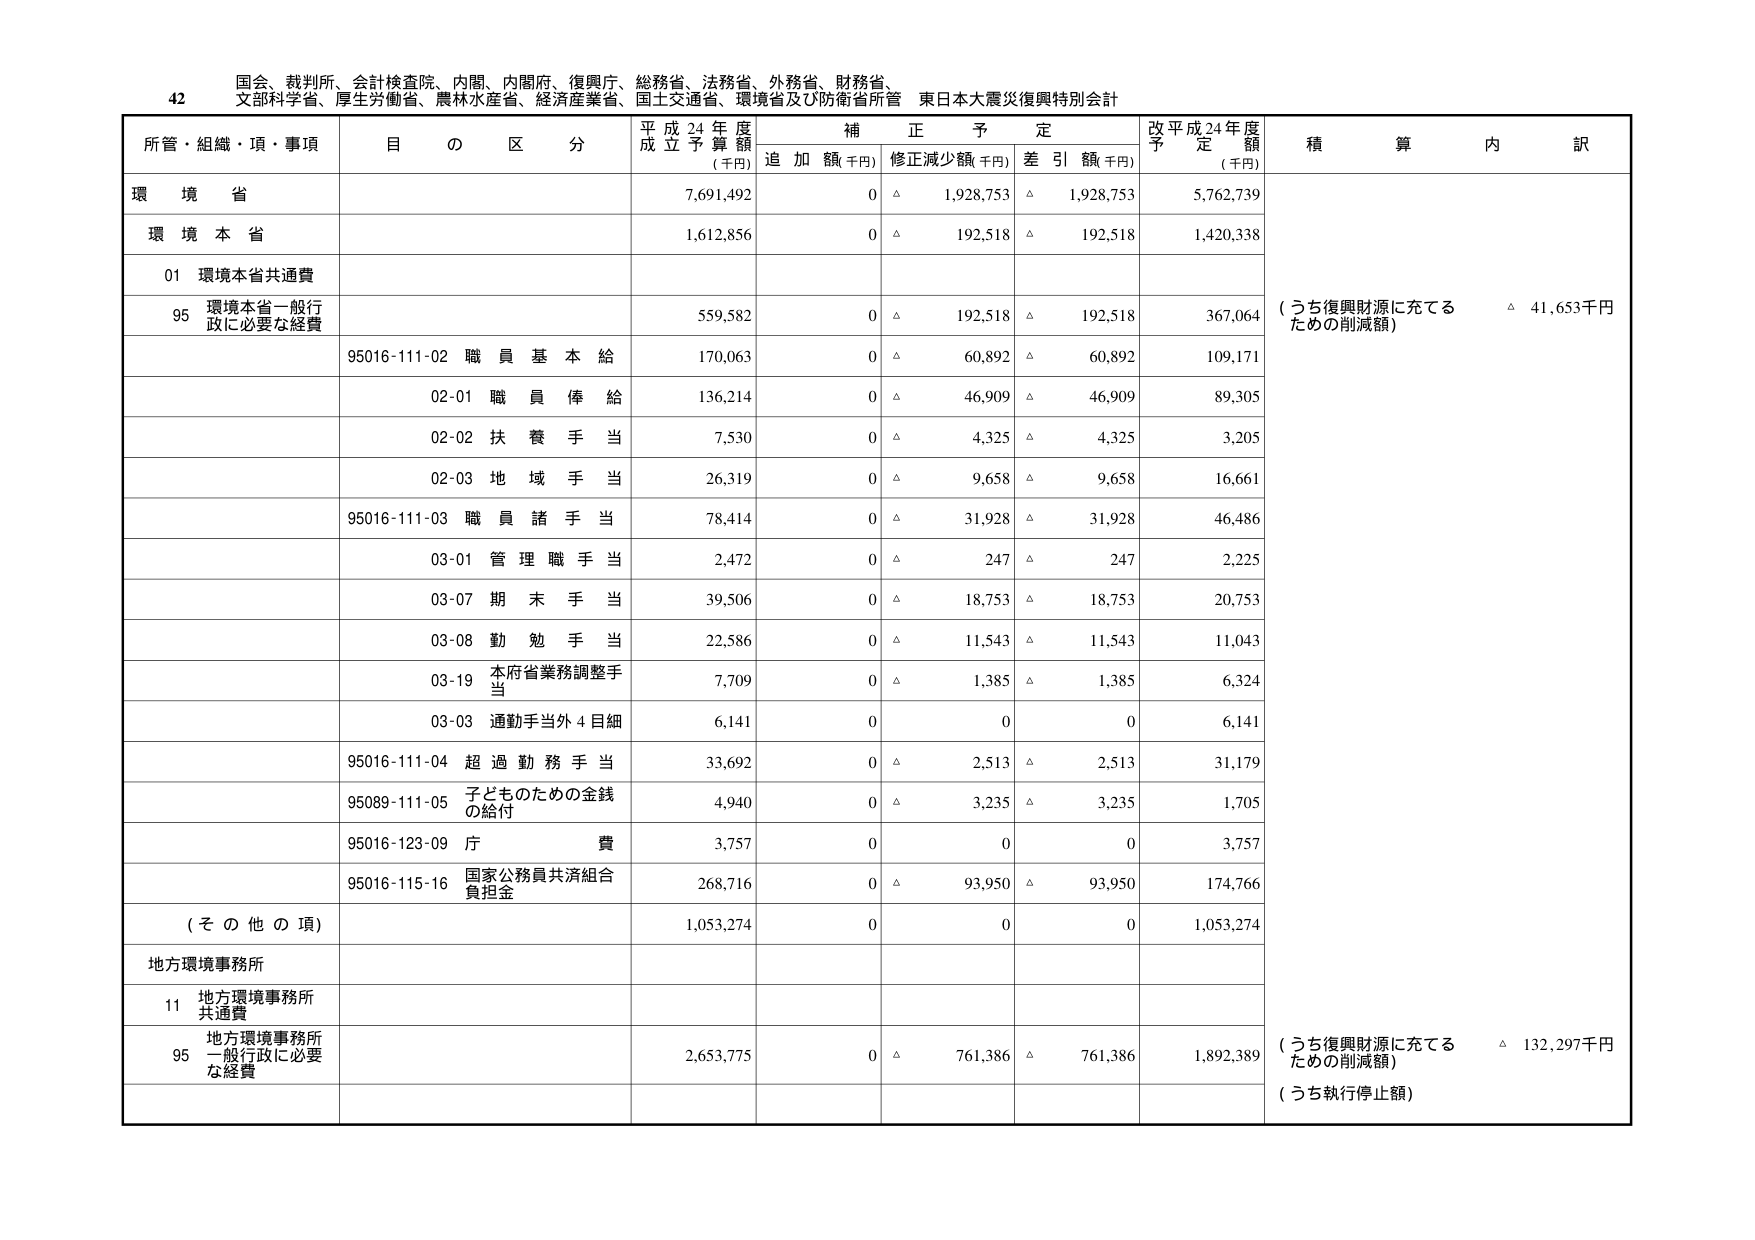
42 国会、裁判所、会計検査院、内閣、内閣府、復興庁、総務省、法務省、外務省、財務省、
文部科学省、厚生労働省、農林水産省、経済産業省、国土交通省、環境省及び防衛省所管 東日本大震災復興特別会計

所管・組織・項・事項 目 の 区 分 平成24年度 成立予算額 (千円) 補正予定 追加額(千円) 修正減少額(千円) 差引額(千円) 改平成24年度 予定額 (千円) 積算内訳

環境省 7,691,492 0 △ 1,928,753 △ 1,928,753 5,762,739

環境本省 1,612,856 0 △ 192,518 △ 192,518 1,420,338

01 環境本省共通費

95 環境本省一般行政に必要な経費 559,582 0 △ 192,518 △ 192,518 367,064 （うち復興財源に充てるための削減額） △ 41,653千円

95016-111-02 職員基本給 170,063 0 △ 60,892 △ 60,892 109,171

02-01 職員俸給 136,214 0 △ 46,909 △ 46,909 89,305

02-02 扶養手当 7,530 0 △ 4,325 △ 4,325 3,205

02-03 地域手当 26,319 0 △ 9,658 △ 9,658 16,661

95016-111-03 職員諸手当 78,414 0 △ 31,928 △ 31,928 46,486

03-01 管理職手当 2,472 0 △ 247 △ 247 2,225

03-07 期末手当 39,506 0 △ 18,753 △ 18,753 20,753

03-08 勤勉手当 22,586 0 △ 11,543 △ 11,543 11,043

03-19 本府省業務調整手当 7,709 0 △ 1,385 △ 1,385 6,324

03-03 通勤手当外4目細 6,141 0 0 0 6,141

95016-111-04 超過勤務手当 33,692 0 △ 2,513 △ 2,513 31,179

95089-111-05 子どものための金銭の給付 4,940 0 △ 3,235 △ 3,235 1,705

95016-123-09 庁費 3,757 0 0 0 3,757

95016-115-16 国家公務員共済組合負担金 268,716 0 △ 93,950 △ 93,950 174,766

（その他の項） 1,053,274 0 0 0 1,053,274

地方環境事務所

11 地方環境事務所共通費

95 地方環境事務所一般行政に必要な経費 2,653,775 0 △ 761,386 △ 761,386 1,892,389 （うち復興財源に充てるための削減額） △ 132,297千円 （うち執行停止額）